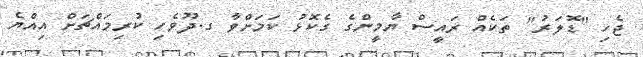
ޖެހި "ޑޮލަރު" ތަކެއް ރައީސް ޔާމީންގެ ގެކޮޅު ކަމަށްވާ ގ.ދޫވެހި ކުރިމައްޗަށް އިއްޔެ